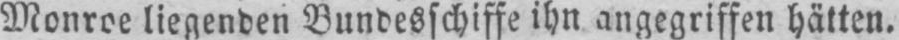
Monroe liegenden Bundesschiffe ihn angegriffen hätten.